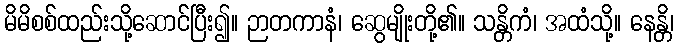
မိမိစစ်ထည်းသို့ဆောင်ပြီး၍။ ဉာတကာနံ၊ ဆွေမျိုးတို့၏။ သန္တိကံ၊ အထံသို့။ နေန္တိ၊